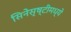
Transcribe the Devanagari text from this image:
सिनेसृष्टीमध्ये